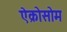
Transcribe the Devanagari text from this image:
ऐक्रोसोम